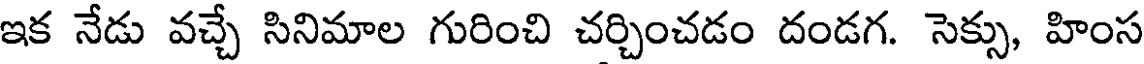
ఇక నేడు వచ్చే సినిమాల గురించి చర్చించడం దండగ. సెక్సు, హింస